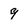
Character: 9